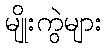
မျိုးကွဲများ